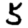
Digit: 5